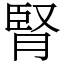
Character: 腎